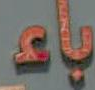
بای